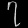
Digit: ၇